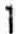
1